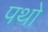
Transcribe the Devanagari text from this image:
पथो